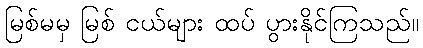
မြစ်မမှ မြစ် ငယ်များ ထပ် ပွားနိုင်ကြသည်။